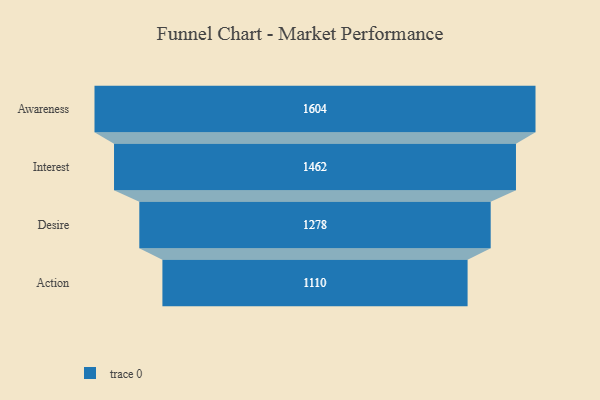
{"axis": {"x": "Stage", "y": "Value"}, "legend": [""], "data": [{"x": "Awareness", "y": 1604.0, "type": ""}, {"x": "Interest", "y": 1462.0, "type": ""}, {"x": "Desire", "y": 1278.0, "type": ""}, {"x": "Action", "y": 1110.0, "type": ""}]}